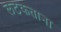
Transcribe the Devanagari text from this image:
लटकताना